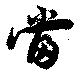
当